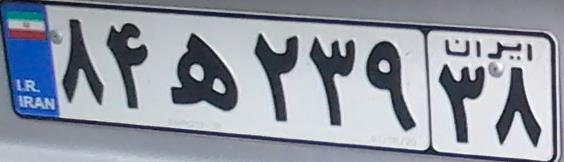
۸۴ه۲۳۹۳۸